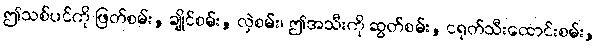
ဤသစ်ပင်ကို ဖြတ်စမ်း, ချိုင်စမ်း, လှဲစမ်း၊ ဤအသီးကို ဆွတ်စမ်း, ငရုတ်သီးထောင်းစမ်း,